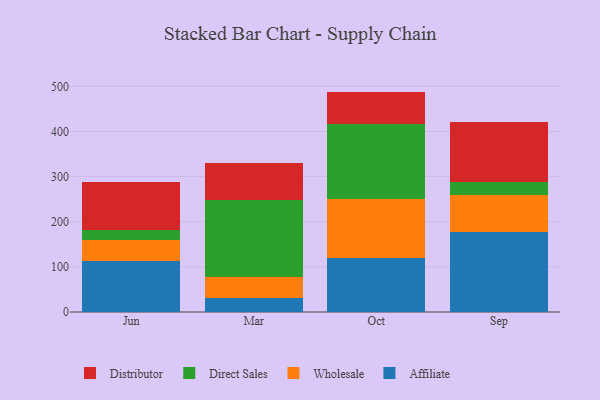
{"axis": {"x": "Month", "y": "Inventory Turnover"}, "legend": ["Affiliate", "Direct Sales", "Distributor", "Wholesale"], "data": [{"x": "Jun", "y": 111.9, "type": "Affiliate"}, {"x": "Jun", "y": 48.1, "type": "Wholesale"}, {"x": "Jun", "y": 20.9, "type": "Direct Sales"}, {"x": "Jun", "y": 107.9, "type": "Distributor"}, {"x": "Mar", "y": 30.7, "type": "Affiliate"}, {"x": "Mar", "y": 47.0, "type": "Wholesale"}, {"x": "Mar", "y": 170.1, "type": "Direct Sales"}, {"x": "Mar", "y": 83.4, "type": "Distributor"}, {"x": "Oct", "y": 120.3, "type": "Affiliate"}, {"x": "Oct", "y": 129.8, "type": "Wholesale"}, {"x": "Oct", "y": 167.1, "type": "Direct Sales"}, {"x": "Oct", "y": 71.1, "type": "Distributor"}, {"x": "Sep", "y": 176.4, "type": "Affiliate"}, {"x": "Sep", "y": 82.9, "type": "Wholesale"}, {"x": "Sep", "y": 28.0, "type": "Direct Sales"}, {"x": "Sep", "y": 134.7, "type": "Distributor"}]}